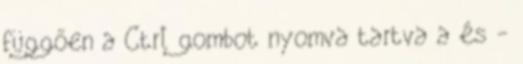
függően a Ctrl gombot nyomva tartva a és -